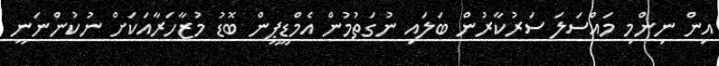
އިން ނިންމި މައްސަލަ ސަރުކާރުން ބަލައި ނުގަތުމުން އެމްޑީޕީން ބޮޑު މުޒާހަރާއަކަށް ނުކުންނަނީ